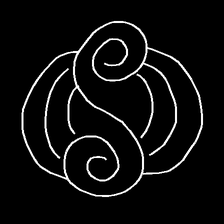
Glyph: wind-underfoot